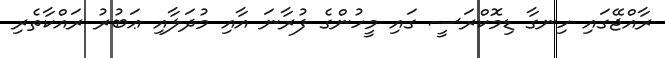
ރާއްޖޭގައި ހިނގާ ޑިމޮކްރަސީ ގައި މީހުންގެ ފުރާނަ އާއި މުދަލާއި ޢަބުރު ރައްކާތެރި